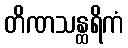
တိဏသန္ထရိကံ